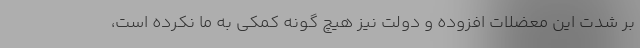
بر شدت این معضلات افزوده و دولت نیز هیچ گونه کمکی به ما نکرده است،